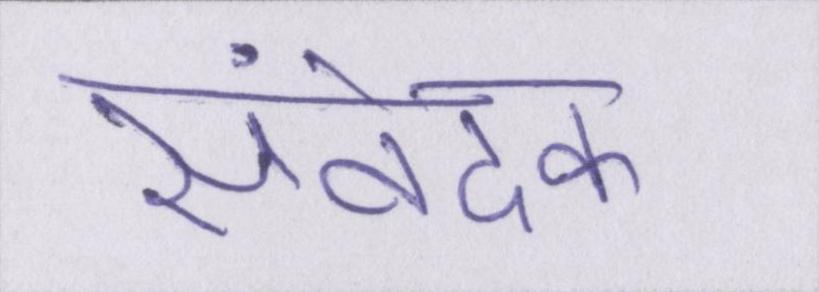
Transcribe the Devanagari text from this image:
संवेदक